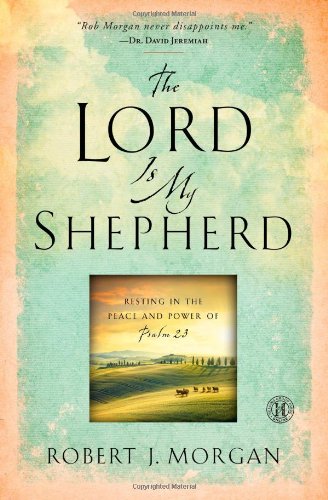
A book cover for The Lord Is My Shepherd: Resting in the Peace and Power of Psalm 23; Robert  J. Morgan; Christian Books & Bibles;